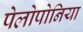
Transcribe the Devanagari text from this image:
पेलोपोनिया